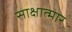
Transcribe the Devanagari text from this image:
साक्षात्मार